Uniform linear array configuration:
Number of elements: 4
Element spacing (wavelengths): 1
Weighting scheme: binomial
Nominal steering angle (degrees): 30
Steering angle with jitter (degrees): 30.563
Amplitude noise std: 0.05
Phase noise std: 0.05

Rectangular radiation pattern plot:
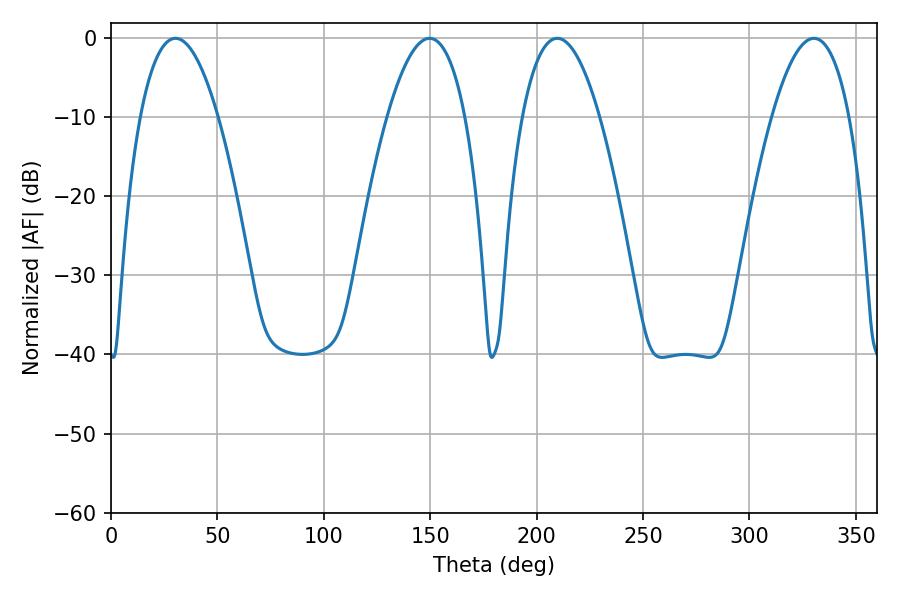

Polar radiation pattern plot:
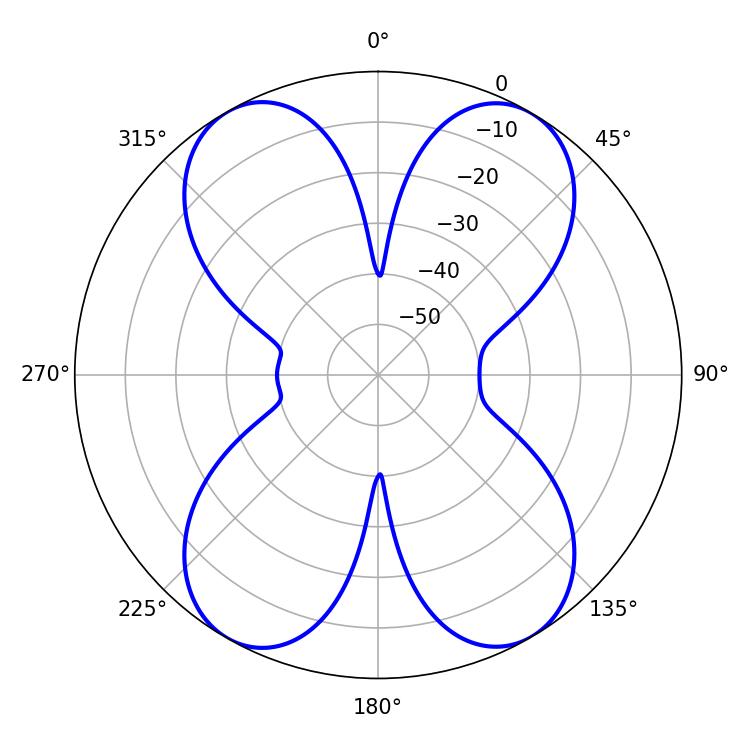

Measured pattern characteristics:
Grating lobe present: TRUE
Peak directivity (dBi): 23.349
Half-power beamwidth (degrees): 20.16
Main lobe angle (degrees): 209.7